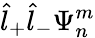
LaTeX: \hat{l}_{+}\hat{l}_{-}\Psi_{n}^{m}